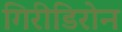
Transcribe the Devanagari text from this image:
गिरीडिरोन